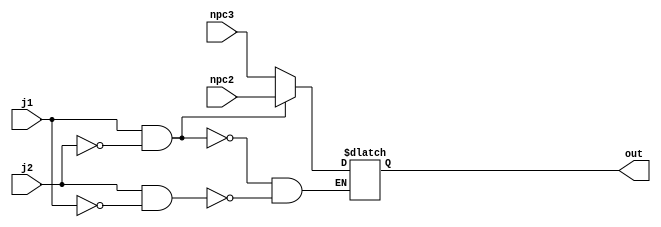
`timescale 1ns / 1ps


module Multiplexer4(
    input j1,
    input j2,
    input [31:0]npc3,
    input [31:0]npc2,
    output [31:0]out
    );
    reg [31:0]dataout;
    always@(*)
        if(j1&&(~j2))
            dataout<=npc2;
        else if(j2&&(~j1))
            dataout<=npc3;
    assign out=dataout;            
endmodule